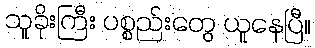
သူခိုးကြီး ပစ္စည်းတွေ ယူနေပြီ။